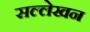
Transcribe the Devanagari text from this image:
सल्लेखन